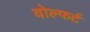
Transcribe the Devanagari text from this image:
वोल्फर्ट